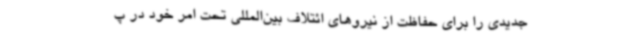
جدیدی را برای حفاظت از نیروهای ائتلاف بین‌المللی تحت امر خود در پ